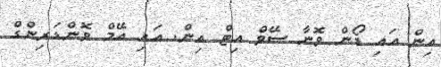
އިން އައި ޑޯން ވޮނާ ސޭވް އިޓް އިން. އައި އޭމް ވޮންޑަރިންގް